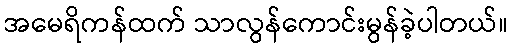
အမေရိကန်ထက် သာလွန်ကောင်းမွန်ခဲ့ပါတယ်။